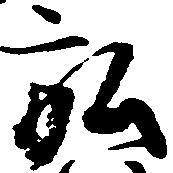
弘